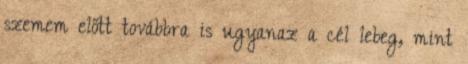
szemem előtt továbbra is ugyanaz a cél lebeg, mint